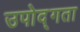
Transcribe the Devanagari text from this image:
उपोद्गता